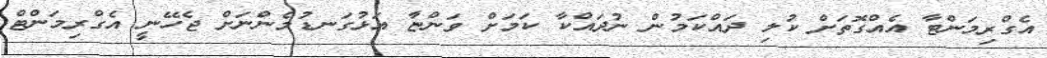
އެގްރިމަންޓާ އެއްގޮތަށް ކުލި ދައްކަމުން ނުދައްކާ ކަމަށް ވަންޏާ އަޅުގަނޑުމެންނަށް ޖެހޭނީ އެގްރިމަންޓް